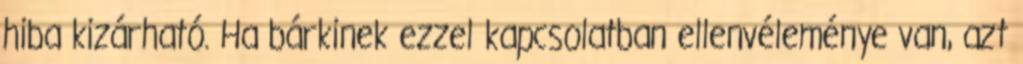
hiba kizárható. Ha bárkinek ezzel kapcsolatban ellenvéleménye van, azt